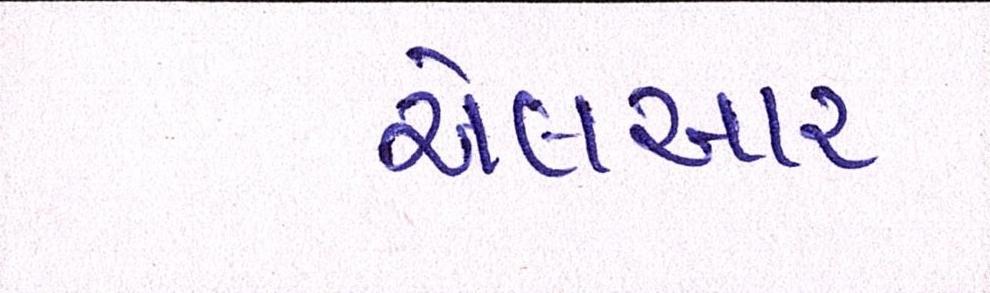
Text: એલઆર